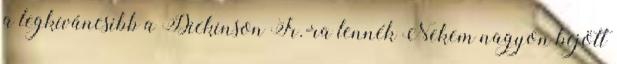
a legkí­váncsibb a Dickinson Jr.-ra lennék Nekem nagyon bejött